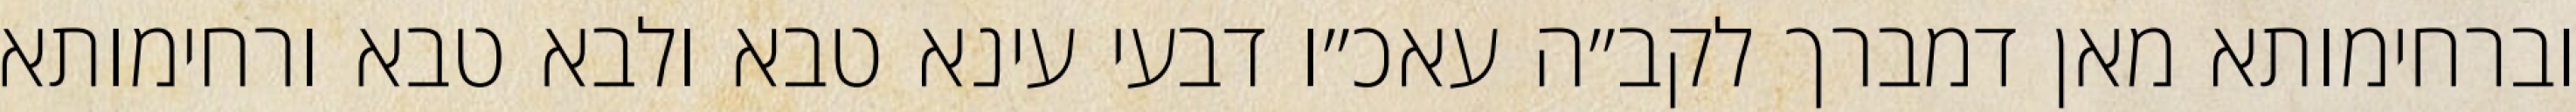
וברחימותא מאן דמברך לקב״ה עאכ״ו דבעי עינא טבא ולבא טבא ורחימותא